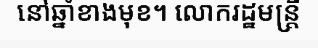
នៅឆ្នាំខាងមុខ។ លោករដ្ឋមន្ត្រី